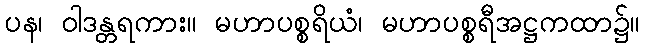
ပန၊ ဝါဒန္တရကား။ မဟာပစ္စရိယံ၊ မဟာပစ္စရီအဋ္ဌကထာ၌။